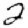
Digit: 2